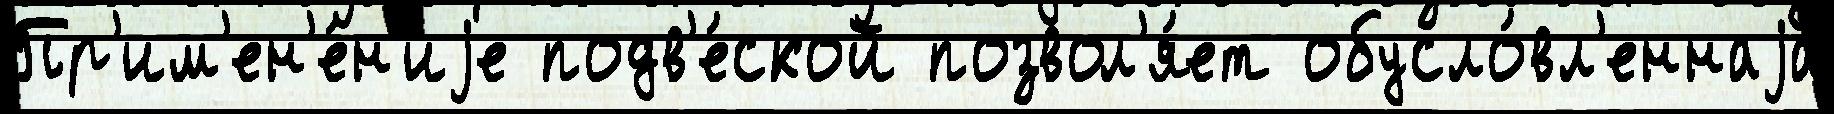
Пр'им'ен'е́н'иjе подв'е́ской позвол'я́ет обусло́вл'еннаjа